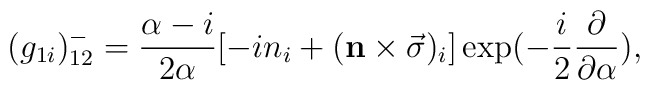
({g_{1i}})_{12}^{-}=\frac{\alpha-i}{2\alpha}[-i{n}_i+({\bf n}\times{\vec \sigma})_i]\exp(-\frac{i}{2}\frac{\partial}{\partial\alpha}),